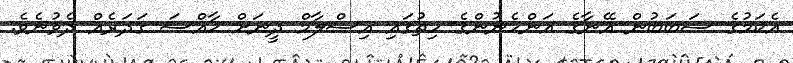
އެކަމުގެ ސަބަބުން އޭނާގެ އަންހެނުންގެ ހިތުގައި އިސްލާމް ދީނަށް ޚާއްސަ ގަދަރެއް ދެވުނެވެ.